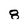
Character: 8